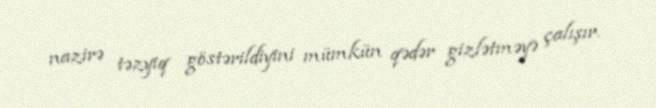
nazirə təzyiq göstərildiyini mümkün qədər gizlətməyə çalışır.